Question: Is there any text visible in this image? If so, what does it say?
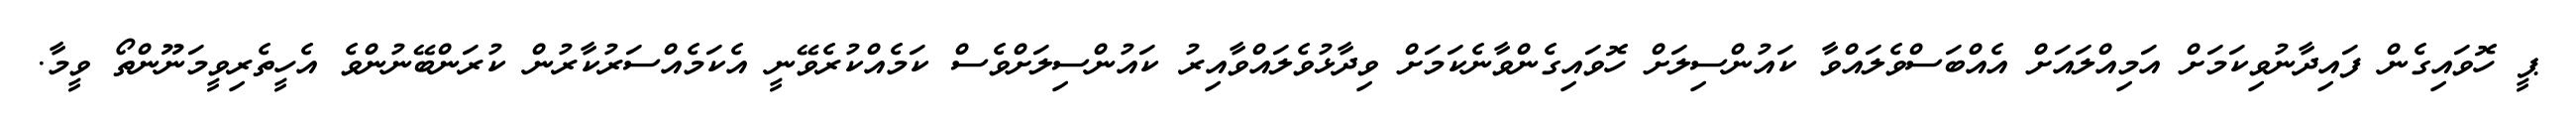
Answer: ޕީ ހޮވައިގެން ފައިދާނުވިކަމަށް އަމިއްލައަށް އެއްބަސްވެލައްވާ ކައުންސިލަށް ހޮވައިގެންވާނެކަމަށް ވިދާޅުވެލައްވާއިރު ކައުންސިލަށްވެސް ކަމެއްކުރެވޭނީ އެކަމެއްސަރުކާރުން ކުރަންބޭނުންވެ އެހީތެރިވީމަނޫންތޯ ވީމާ.